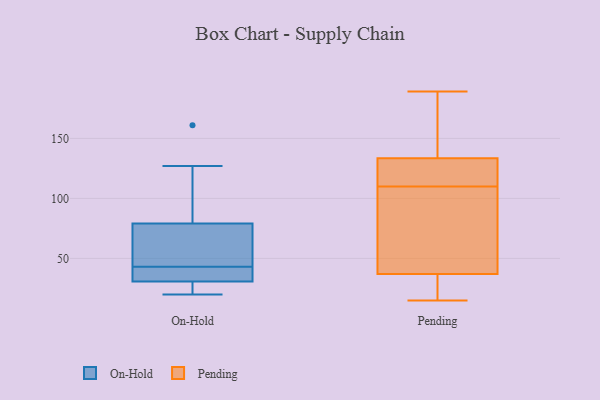
{"axis": {"x": "Demand Index", "y": "Value"}, "legend": ["On-Hold", "Pending"], "data": [{"x": "", "y": 127, "type": "On-Hold"}, {"x": "", "y": 34, "type": "On-Hold"}, {"x": "", "y": 20, "type": "On-Hold"}, {"x": "", "y": 33, "type": "On-Hold"}, {"x": "", "y": 43, "type": "On-Hold"}, {"x": "", "y": 161, "type": "On-Hold"}, {"x": "", "y": 82, "type": "On-Hold"}, {"x": "", "y": 28, "type": "On-Hold"}, {"x": "", "y": 63, "type": "On-Hold"}, {"x": "", "y": 127, "type": "On-Hold"}, {"x": "", "y": 29, "type": "On-Hold"}, {"x": "", "y": 36, "type": "On-Hold"}, {"x": "", "y": 57, "type": "On-Hold"}, {"x": "", "y": 30, "type": "On-Hold"}, {"x": "", "y": 70, "type": "On-Hold"}, {"x": "", "y": 139, "type": "Pending"}, {"x": "", "y": 99, "type": "Pending"}, {"x": "", "y": 128, "type": "Pending"}, {"x": "", "y": 119, "type": "Pending"}, {"x": "", "y": 126, "type": "Pending"}, {"x": "", "y": 68, "type": "Pending"}, {"x": "", "y": 32, "type": "Pending"}, {"x": "", "y": 112, "type": "Pending"}, {"x": "", "y": 108, "type": "Pending"}, {"x": "", "y": 29, "type": "Pending"}, {"x": "", "y": 15, "type": "Pending"}, {"x": "", "y": 189, "type": "Pending"}, {"x": "", "y": 18, "type": "Pending"}, {"x": "", "y": 169, "type": "Pending"}, {"x": "", "y": 70, "type": "Pending"}, {"x": "", "y": 16, "type": "Pending"}, {"x": "", "y": 154, "type": "Pending"}, {"x": "", "y": 185, "type": "Pending"}, {"x": "", "y": 114, "type": "Pending"}, {"x": "", "y": 42, "type": "Pending"}]}